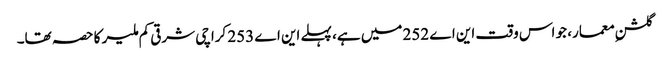
گلشنِ معمار، جو اس وقت این اے 252 میں ہے، پہلے این اے 253 کراچی شرقی کم ملیر کا حصہ تھا۔